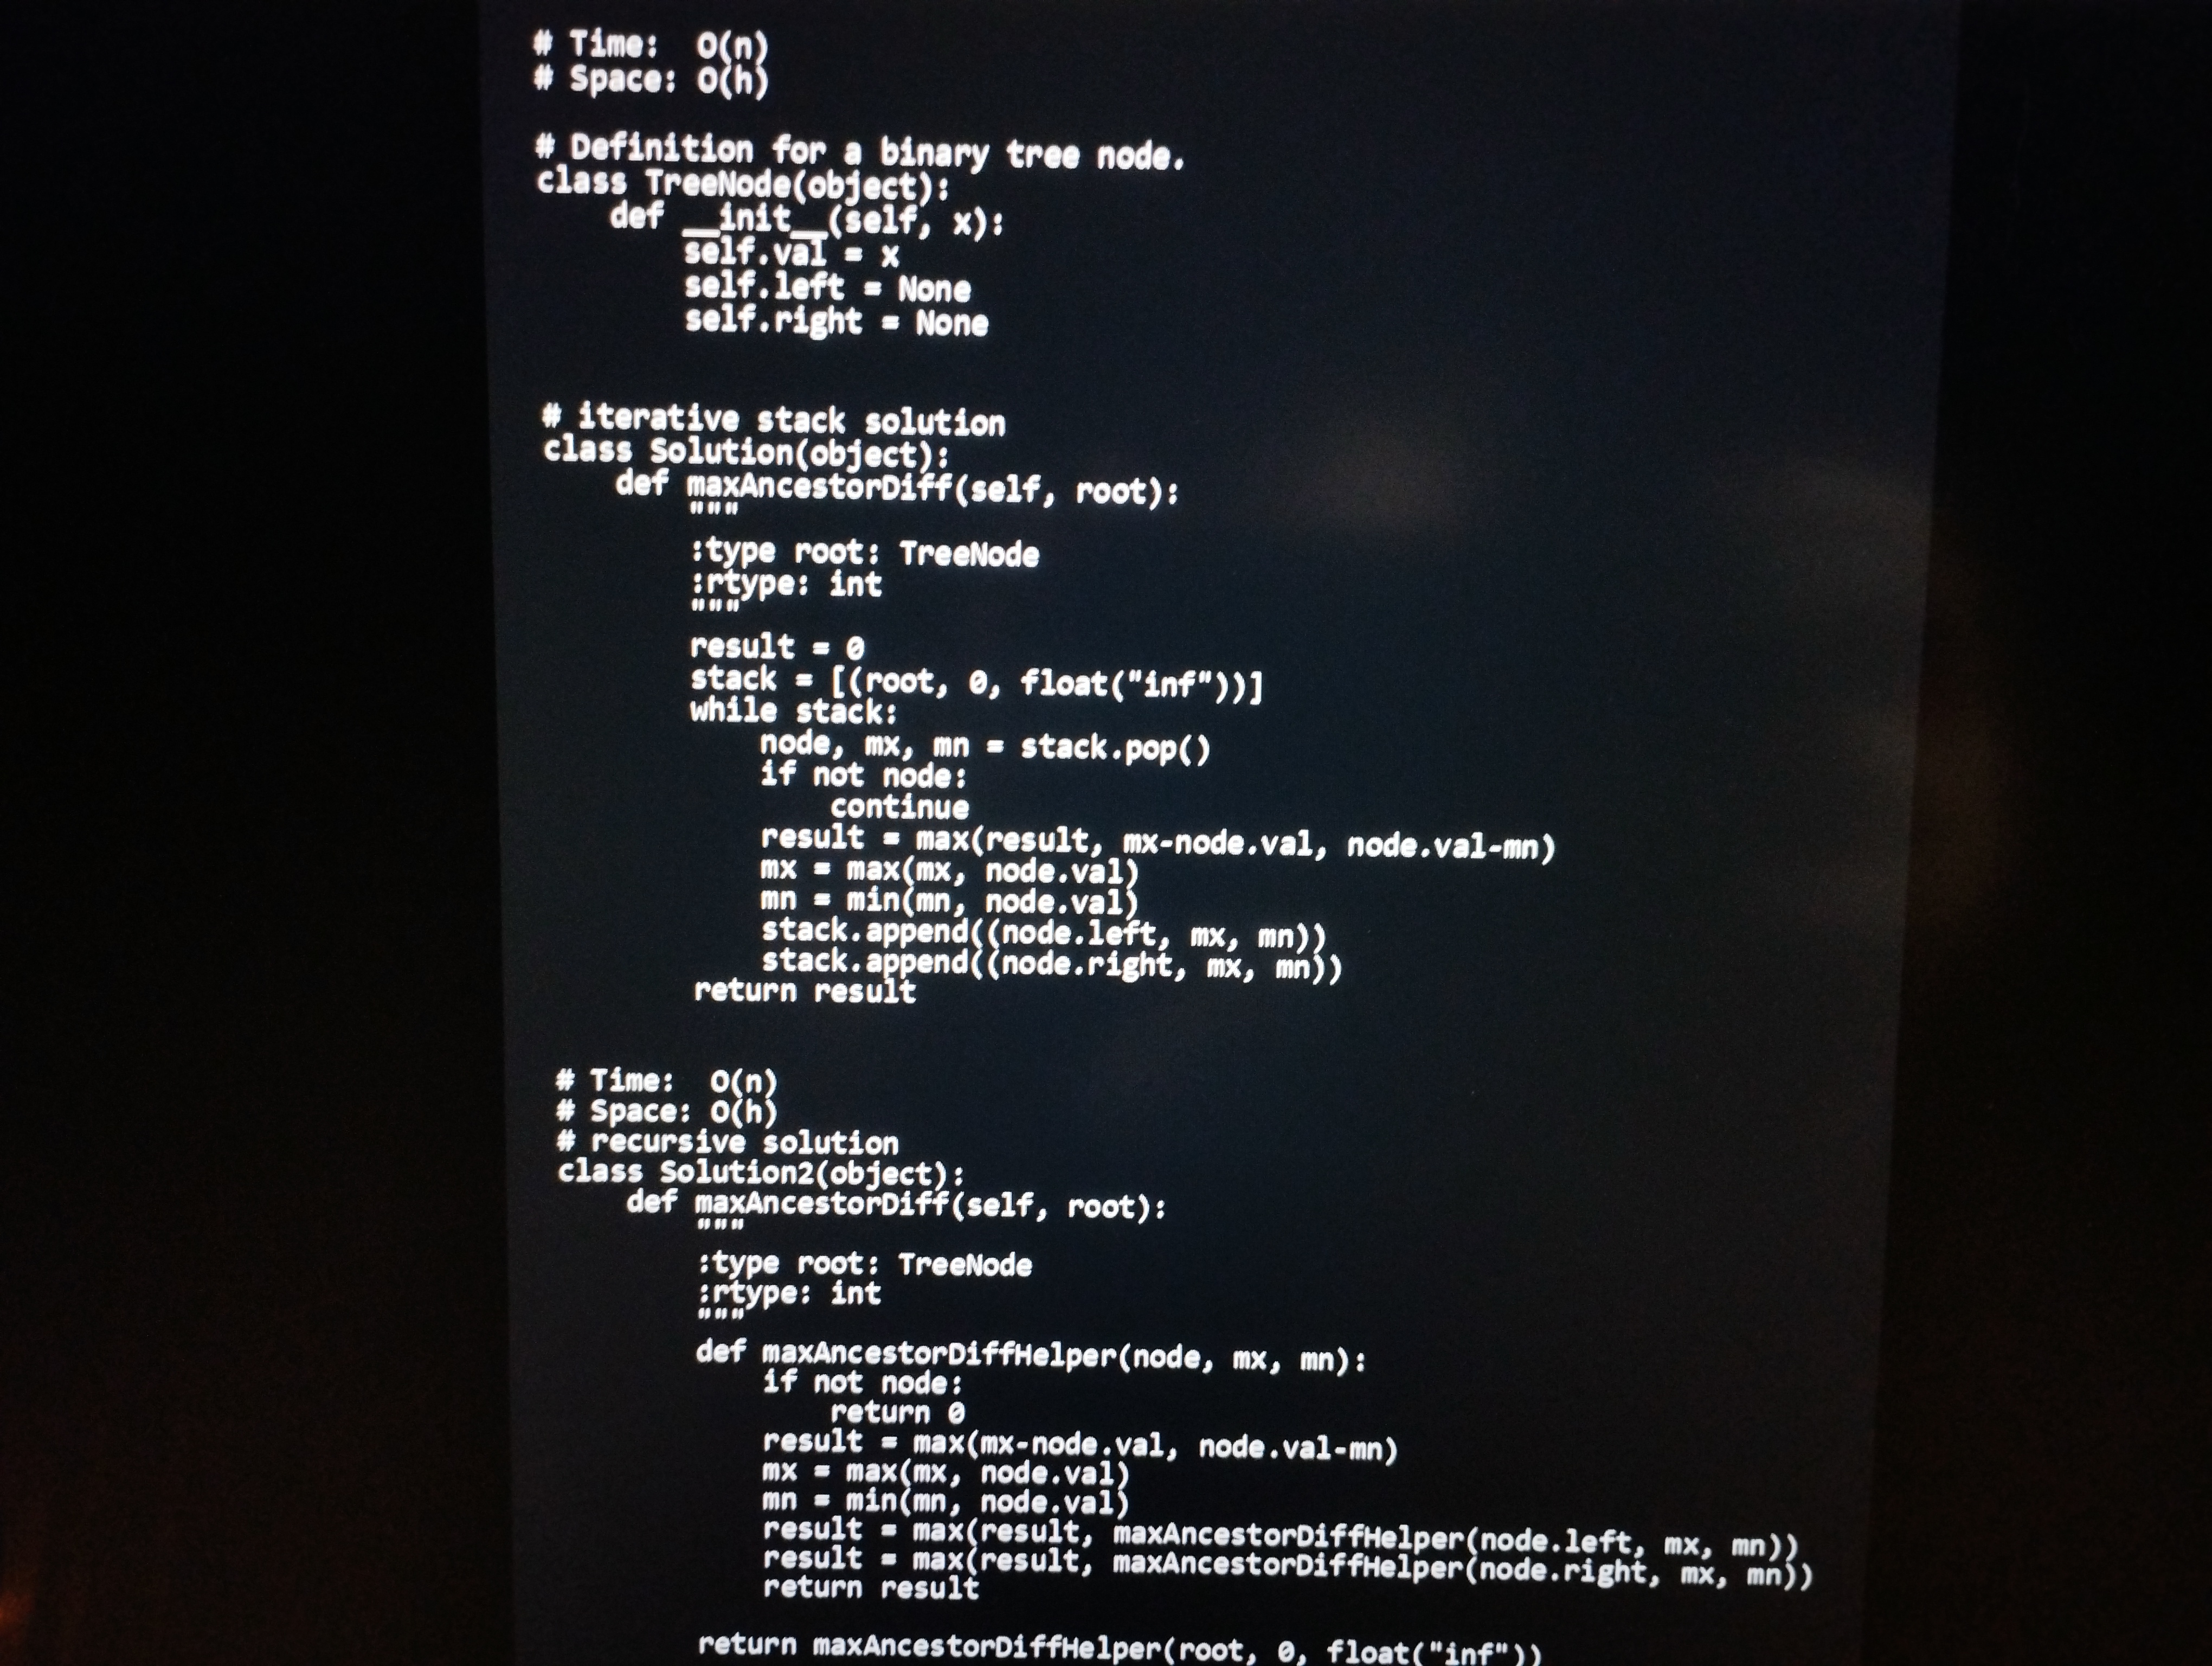
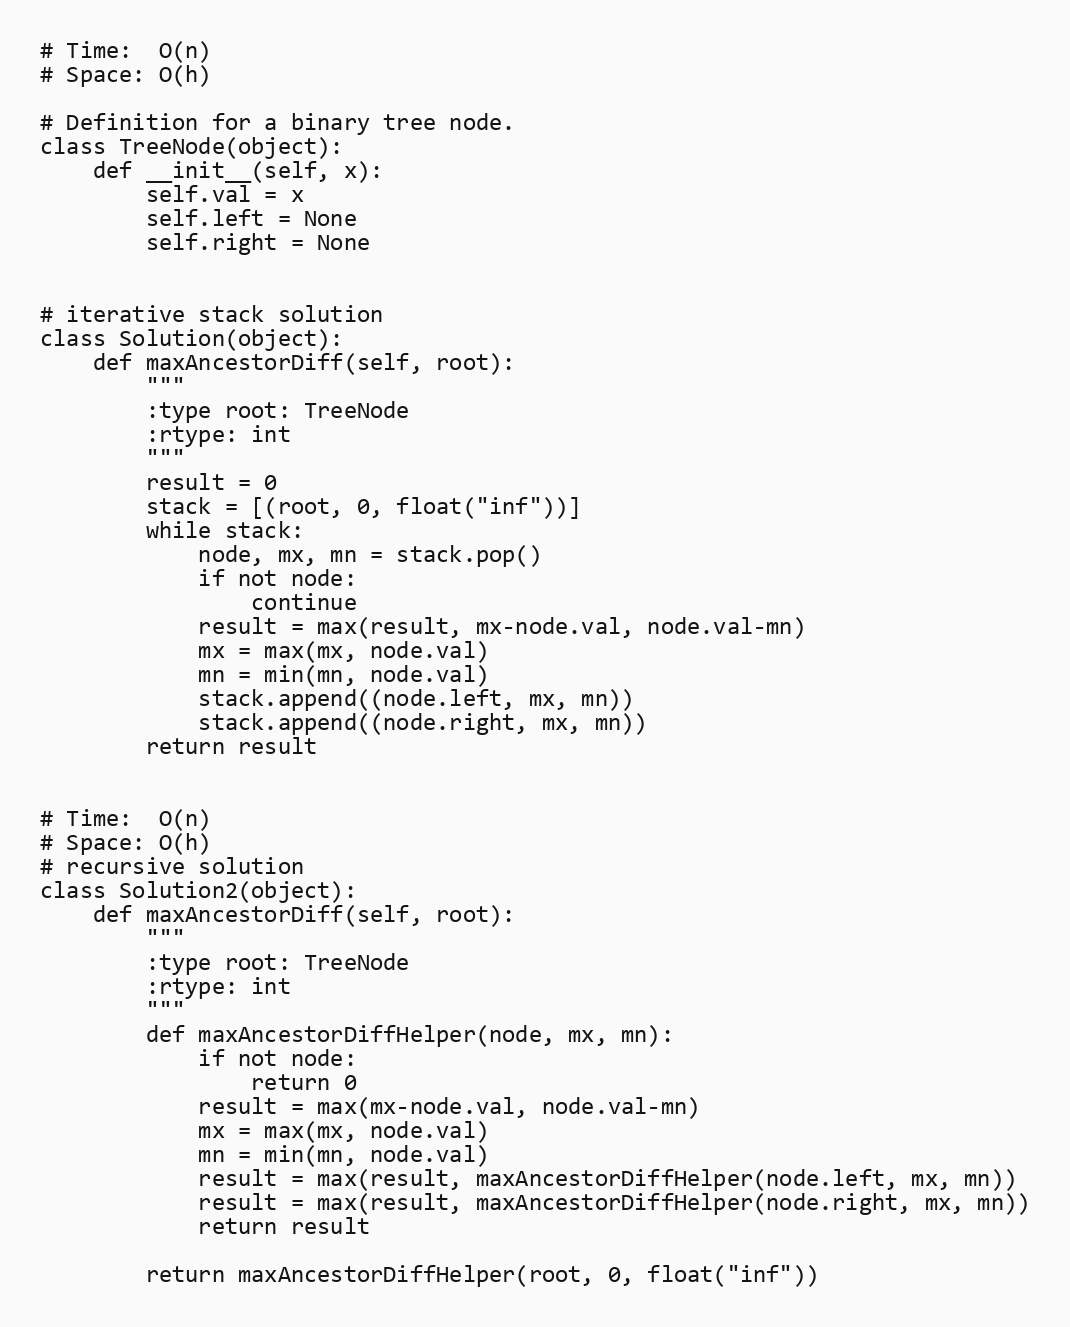
# Time:  O(n)
# Space: O(h)

# Definition for a binary tree node.
class TreeNode(object):
    def __init__(self, x):
        self.val = x
        self.left = None
        self.right = None

# iterative stack solution
class Solution(object):
    def maxAncestorDiff(self, root):
        """
        :type root: TreeNode
        :rtype: int
        """
        result = 0
        stack = [(root, 0, float("inf"))]
        while stack:
            node, mx, mn = stack.pop()
            if not node:
                continue
            result = max(result, mx-node.val, node.val-mn)
            mx = max(mx, node.val)
            mn = min(mn, node.val)
            stack.append((node.left, mx, mn))
            stack.append((node.right, mx, mn))
        return result

# Time:  O(n)
# Space: O(h)
# recursive solution
class Solution2(object):
    def maxAncestorDiff(self, root):
        """
        :type root: TreeNode
        :rtype: int
        """
        def maxAncestorDiffHelper(node, mx, mn):
            if not node:
                return 0
            result = max(mx-node.val, node.val-mn)
            mx = max(mx, node.val)
            mn = min(mn, node.val)
            result = max(result, maxAncestorDiffHelper(node.left, mx, mn))
            result = max(result, maxAncestorDiffHelper(node.right, mx, mn))
            return result

        return maxAncestorDiffHelper(root, 0, float("inf"))